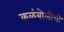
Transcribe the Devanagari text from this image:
कळंबोलीची